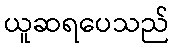
ယူဆရပေသည်